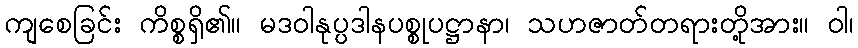
ကျစေခြင်း ကိစ္စရှိ၏။ မဒဝါနုပ္ပဒါနပစ္စုပဋ္ဌာနာ၊ သဟဇာတ်တရားတို့အား။ ဝါ၊